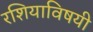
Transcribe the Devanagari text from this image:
रशियाविषयी